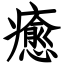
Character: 癒